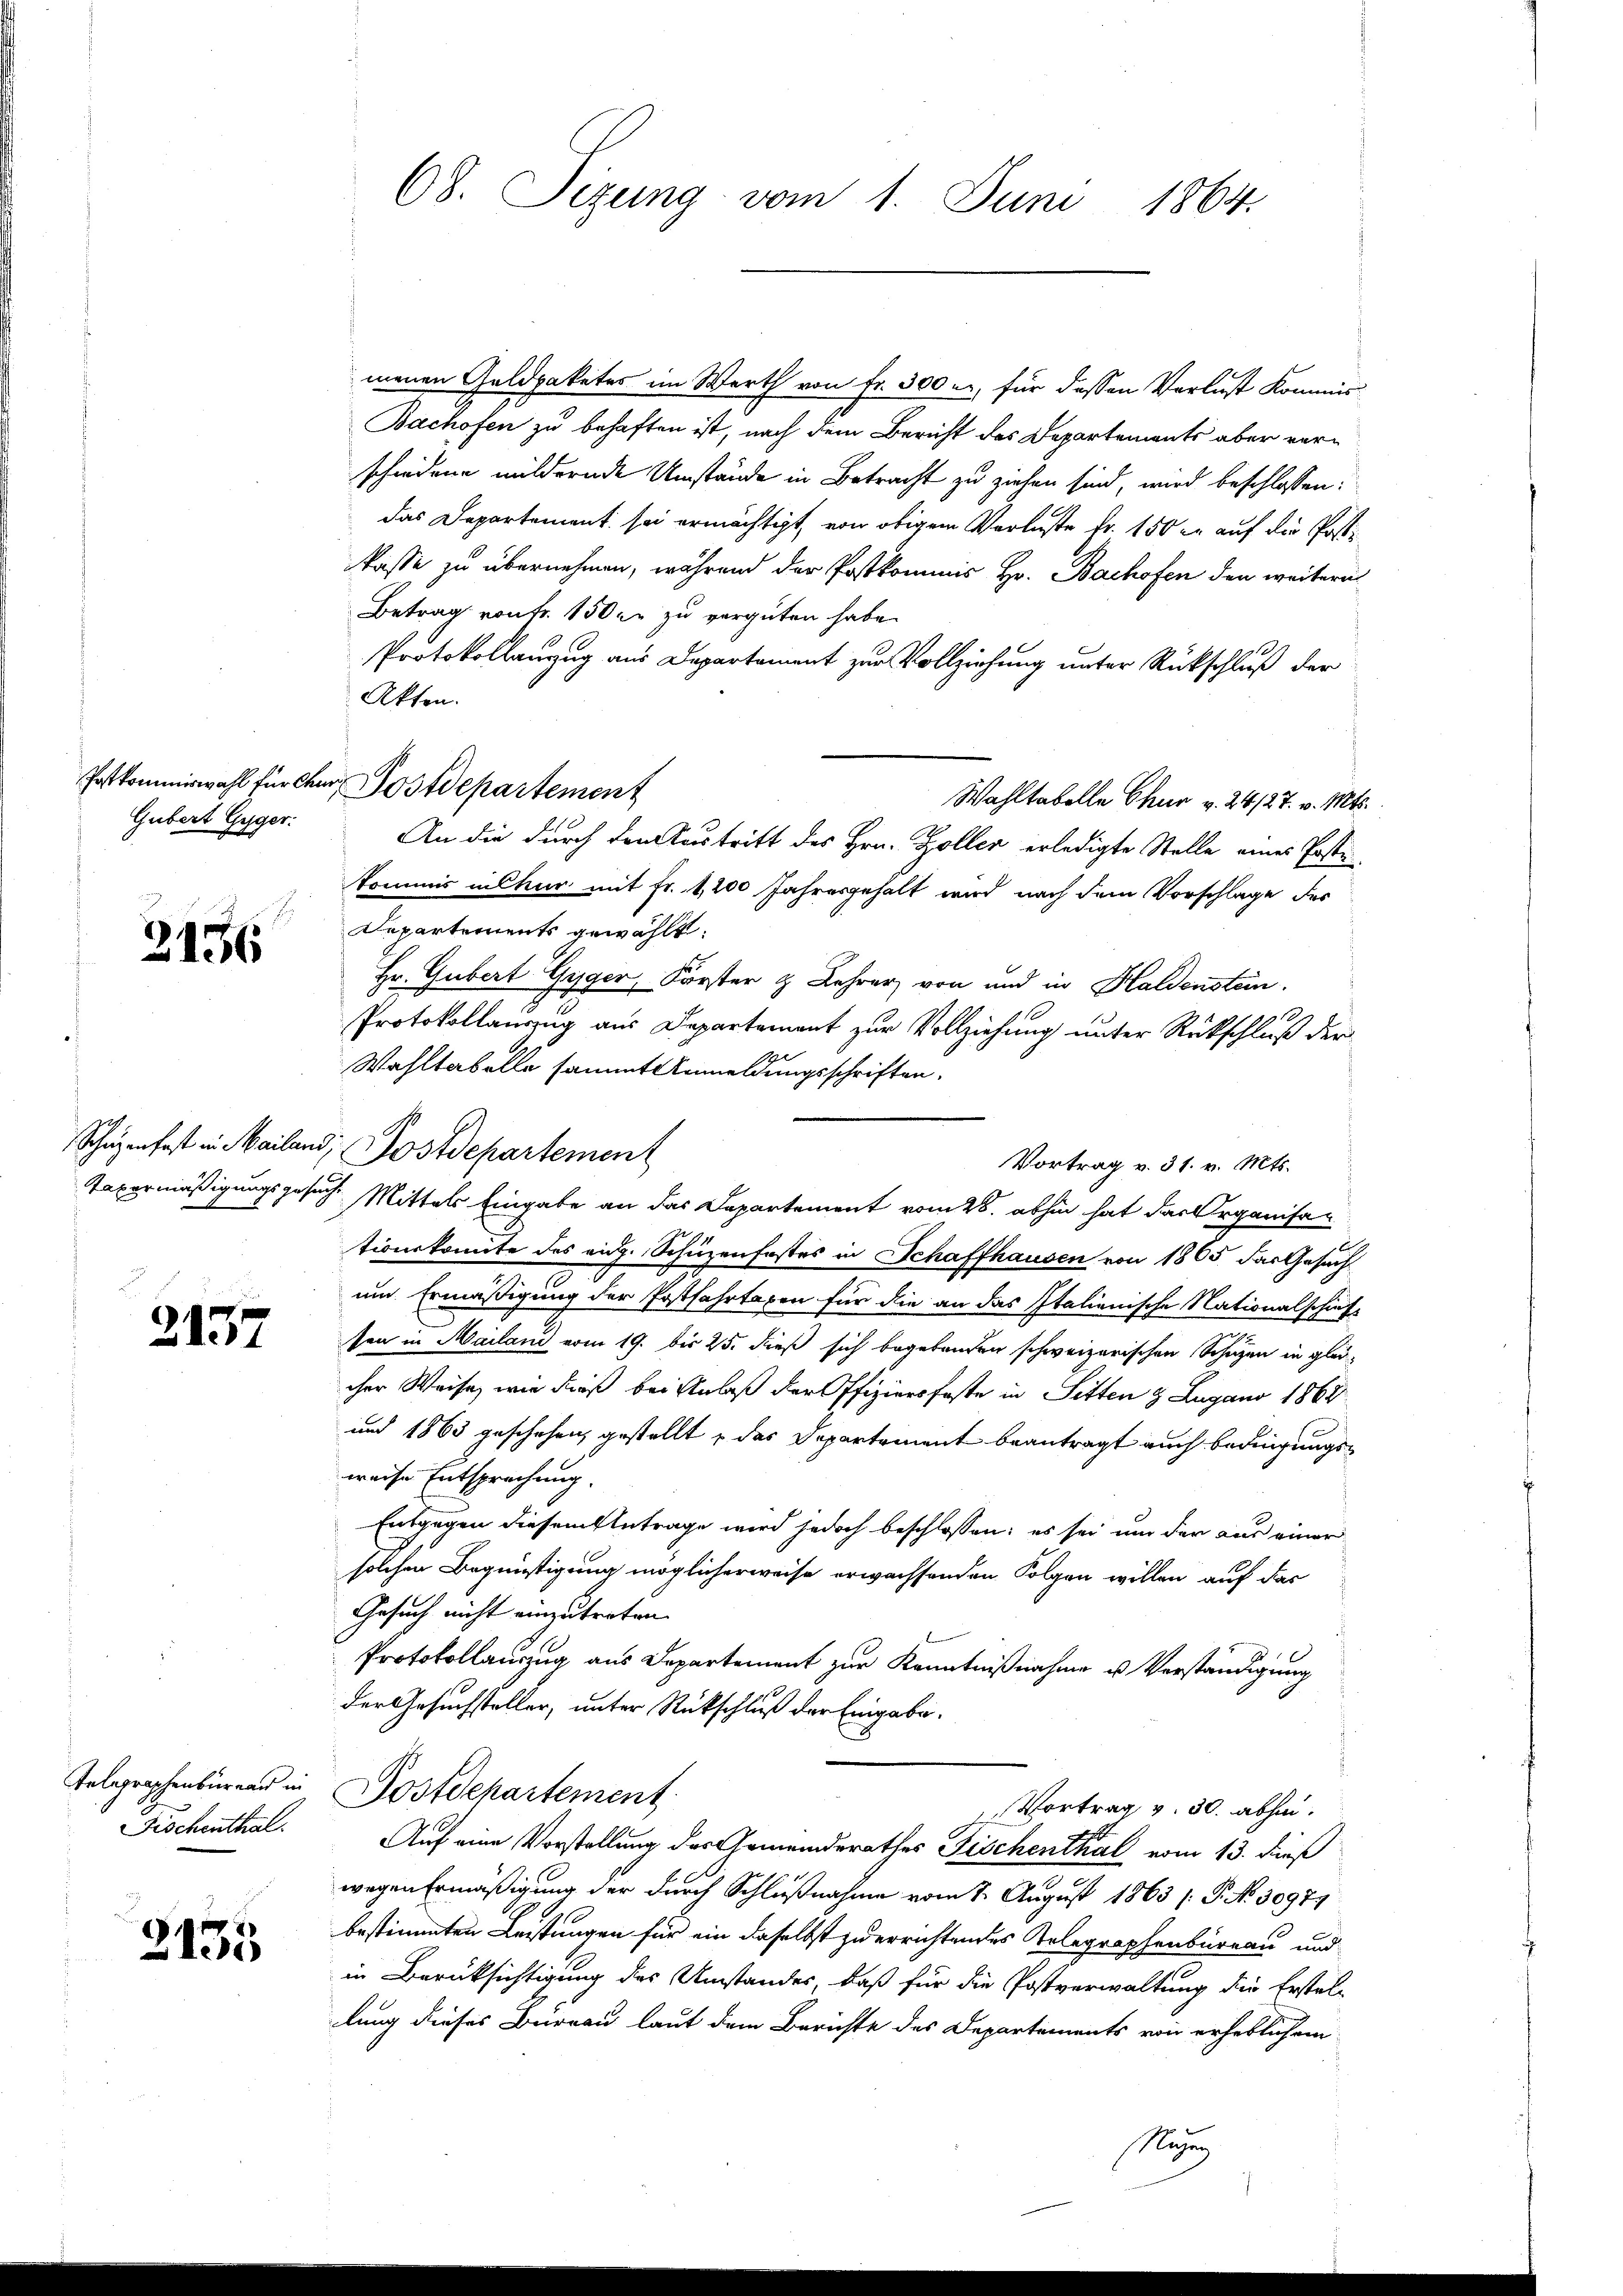
Gubert Gyger:

2136

2137

Telegraphenbureau in
Fischenthal.

s
2135

menen Geldpaketes im Werth von Fr. 300 er, für dessen Verlust Kommis¬
Bachofen zu behaften ist, nach dem Bericht des Departements aber verschiedene mildernde Umstände in Betracht zu ziehen sind, wird beschlossen:
das Departement sei ermächtigt, von obigem Verluste fr. 150 er auf die Postkasse zu übernehmen, während der Postkommis Hr. Bachofen den weitern
Betrag von Fr. 150 fr zu vergüten habe.
Protokollanzug aus Departament zur Vollziehung unter Rückschluß der
Akten.
Wahltabelle Chur v. 24/27. v. Mts.
An die durch den Austritt des Hrn. Zöller erledigte Stelle eines Postekommis in Chur mit Fr. 1,200 Jahresgehalt wird nach dem Vorschlage des
Departements gewählt:
Hr. Gubert Gyger, Forster & Lehrer von und in Haldenstein.
Protokollauszug aus Departement zur Vollziehung unter Rückschluß der
Wahltabelle sammt Anmeldungsschriften.
Schüzenfest in Mailand Postdepartement
Vortrag v. 31. v. Mts.
Taxermäßigungsgesuch Mittels Eingabe an das Departement vom 28. abhin hat das Organisationskonnte des eidg. Schüzenfestes in Schaffhausen von 1805 das Gesuch
um Ermäßigung der Postfahrtaxen für die an das Italienische Nationalschaf-
sen in Mailand vom 19. bis 25. dieß sich begebenden schweizerischen Schützen in gleicher Weise, wie dieß bei Anlaß der Offiziersfeste in Sitten 9 Lugano 1868
und 1863 geschehen gestellt, das Departement beantragt auch bedingungsweise Entsprechung.
Entgegen diesem Antrage wird jedoch beschlossen: es sei um der aus einer
solchen Begünstigung möglicherweise erwachsenden Folgen willen auf das
Gesuch nicht einzutreten.
Protokollauszug aus Departement zur Kenntnißnahme u. Verständigung
der Gesuchsteller, unter Rückschluß der Eingabe.
Postdepartement
Vortrag v. 30. abhin.
Auf eine Vorstellung des Gemeindsrathes Fischenthal vom 13. dieß
wegen Ermäßigung der durch Schlußnahme vom 2. August 1863 /: P. No 30979
bestimmten Leistungen für ein daselbst zu errichtendes Kolegraphenbureau und
in Berüksichtigung des Umstandes, daß für die Postverwaltung die Erstel-
lung dieses Bureau laut dem Berichte des Departements von erheblichem
Munz

68. Sizung vom 1. Juni 1864.

Postkommiswahl für dem Postdepartement